Vital statistics of India. Vol. V, Reports of 1876 on armies & jails and on epidemic cholera
Year: 1876
Disease focus: Cholera
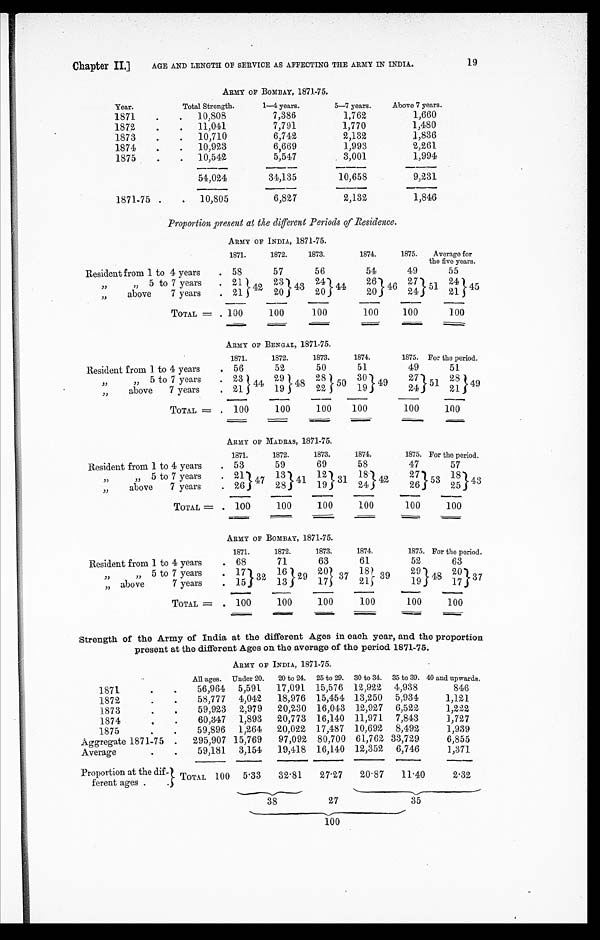
Chapter II.] AGE AND LENGTH OF SERVICE AS AFFECTING THE ARMY IN INDIA.
19
ARMY OF BOMBAY, 1871-75.
Year.
Total Strength.
1—4 years.
5—7 years.
Above 7 years.
1871 . . .
10,808
7,386
1,762
1,660
1872 . . .
11,041
7,791
1,770
1,480
1873 . . .
10,710
6,742
2,132
1,836
1874 . . .
10,923
6,669
1,993
2,261
1875 . . .
10,542
5,547
3,001
1,994
54,024
34,135
10,658
9,231
1871-75 . . .
10,805
6,827
2,132
1,846
Proportion present at the different Periods of Residence.
ARMY OF INDIA, 1871-75.
Resident from 1 to 4 years . . .
1871.
1872.
1873.
1874.
1875.
Average for
the five years.
58
57
56
54
49
55
" 5 to 7 years . . . 21
42
2 3
43
24
44
26
46
27
51
24
45
" above 7 years . . . 21
20
20
20
24
21
TOTAL =
100
100
100
100
100
100
ARMY OF BENGAL, 1871-75.
Resident from 1 to 4 years . . .
1871.
1872.
1873.
1874.
1875. For the period.
56
52
50
51
49
51
" " 5 t o 7 y e a r s
. . .
23
44
29
4 8
28
50
30
4 9
27
5 1
28
4 9
" above 7 years . . . 21
19
22
19
24
21
TOTAL =
100
100
100
100
100
100
ARMY OF MADRAS, 1871-75.
Resident from 1 to 4 years . . .
1871.
1872.
1873.
1874.
1875. For the period.
53
59
69
58
47
57
21 47
13
4 1
12
31
18
42
2 7
53
18
43
" 5 t o 7 y e a r s . . .
" a b o v e 7 y e a r s . . . 26
28
19
24
26
25
TOTAL =
100
100
100
100
100
100
ARMY OF BOMBAY, 1871-75.
Resident from 1 to 4 years . . .
1871.
1872.
1873.
1874.
1875.
F o r t h e p e r i o d .
68
71
63
61
52
63
" 5 t o 7 y e a r s . . .
17
32
16
29
20
3 7 18
39
29
48
2 0
37
" a b o v e 7 y e a r s . . .
15
13
17
21
19
17
TOTAL =
100
100
100
100
100
100
S t r e n g t h o f t h e A r m y o f I n d i a a t t h e d i f f e r e n t A g e s i n e a c h y e a r , a n d t h e p r o p o r t i o n
present at the different Ages on the average of the period 1871-75.
ARMY OF INDIA, 1871-75.
1871 . . .
All ages.
Under 20.
20 to 24.
25 to 29.
30 to 34.
35 to 39. 40 and upwards.
56,964
5,591
17,091
15,576
12,922
4,938
846
58,777
4,042
18,976
15,454
13,250
5,934
1,121
1872 . . .
1873 . . .
59,923
2,979
20,230
16,043
12,927
6,522
1,222
1874 . . .
60,347
1,893
20,773
16,140
11,971.
7,843
1,727
1875 . . .
59,896
1,264
20,022
17,487
10,692
8,492
1,939
295,907 15,769
97,092
80,700
61,762 33,729
6,855
Aggregate 1871-75 . . .
59,181
3,154
19,418
16,140
12,352
6,746
1,371
Average . . .
Proportion at the dif-
ferent ages . . .
TOTAL 100
5.33
32.81
27.27
20.87
11.40
2.32
38
27
35
100